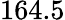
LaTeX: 164.5